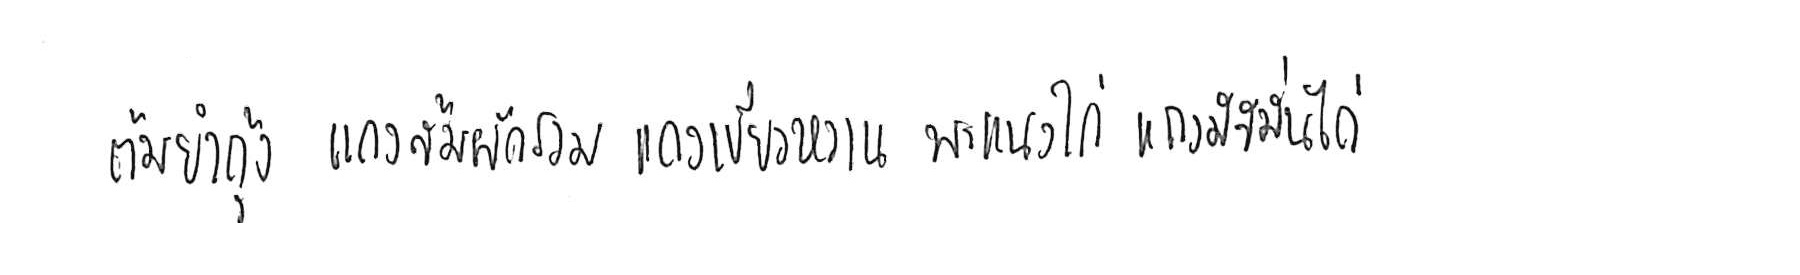
ต้มยำกุ้ง แกงส้มผักรวม แกงเขียวหวาน พะแนงไก่ แกงมัสมั่นไก่